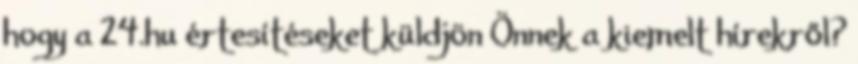
hogy a 24.hu értesítéseket küldjön Önnek a kiemelt hírekről?